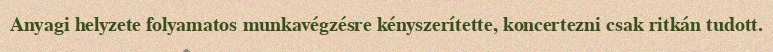
Anyagi helyzete folyamatos munkavégzésre kényszerítette, koncertezni csak ritkán tudott.